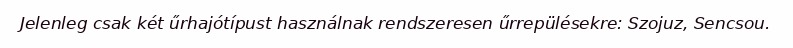
Jelenleg csak két űrhajótípust használnak rendszeresen űrrepülésekre: Szojuz, Sencsou.